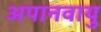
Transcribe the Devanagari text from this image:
अपानवायु